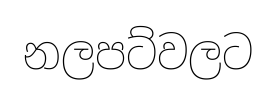
නලපට්වලට